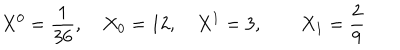
LaTeX: X ^ { 0 } = { \frac { 1 } { 3 6 } } , \quad X _ { 0 } = 1 2 , \quad X ^ { 1 } = 3 , \qquad X _ { 1 } = { \frac { 2 } { 9 } }